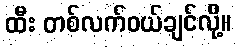
ထီး တစ်လက်ဝယ်ချင်လို့။